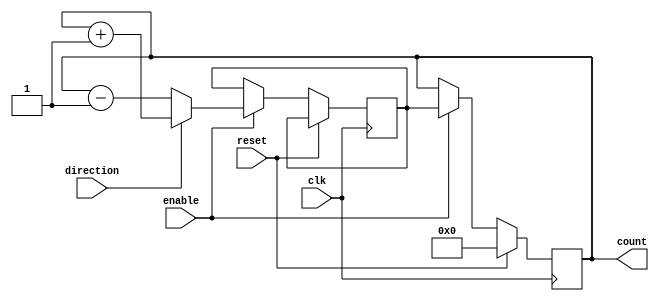
module up_down_counter (
  input wire clk,
  input wire reset,
  input wire enable,
  input wire direction,
  output reg [7:0] count //assuming 8-bit counter
);

reg [7:0] next_count;

always @(posedge clk) begin
  if (reset) begin
    count <= 0;
  end else if (enable) begin
    if (direction) begin //up
      next_count <= count + 1;
    end else begin //down
      next_count <= count - 1;
    end
    count <= next_count;
  end
end

endmodule